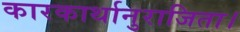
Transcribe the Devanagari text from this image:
कारकार्थानुराजिता।